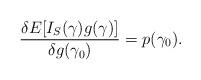
LaTeX: \begin{align*}\frac{\delta E[I_S(\gamma)g(\gamma)]}{\delta g(\gamma_0)} =p(\gamma_0).\end{align*}